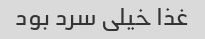
غذا خیلى سرد بود